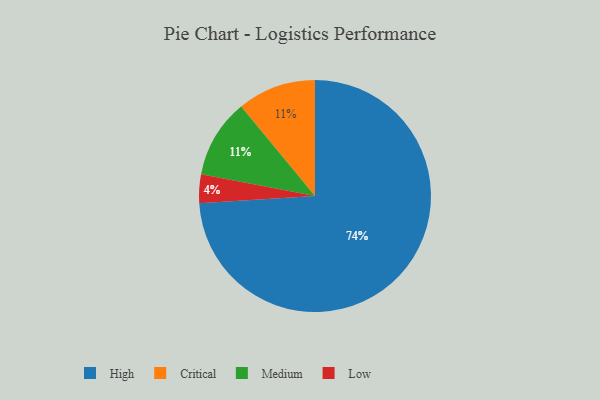
{"axis": {"x": "Category", "y": "Percentage"}, "legend": ["Critical", "High", "Low", "Medium"], "data": [{"x": "Critical", "y": 11, "type": "Critical"}, {"x": "Medium", "y": 11, "type": "Medium"}, {"x": "Low", "y": 4, "type": "Low"}, {"x": "High", "y": 74, "type": "High"}]}